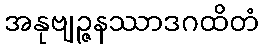
အနုဗျဉ္ဇနဿာဒဂထိတံ